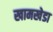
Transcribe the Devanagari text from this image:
खामखेडा